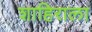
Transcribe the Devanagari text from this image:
शाहिराला